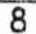
8